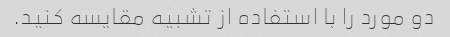
دو مورد را با استفاده از تشبیه مقایسه کنید.